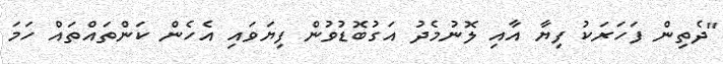
"ދެތިން ފަހަރަކު ފިޔާ އާއި ލޮނުމެދު އަގުބޮޑުވުން ފިޔަވައި އެހެން ކަންތައްތައް ހަމަ